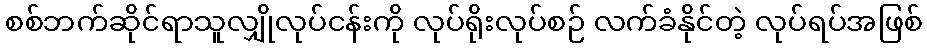
စစ်ဘက်ဆိုင်ရာသူလျှိုလုပ်ငန်းကို လုပ်ရိုးလုပ်စဉ် လက်ခံနိုင်တဲ့ လုပ်ရပ်အဖြစ်